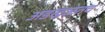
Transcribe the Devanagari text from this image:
अडखळतच